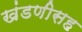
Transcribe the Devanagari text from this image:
खंडणीसह